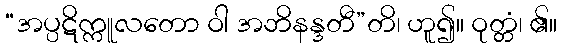
“အပ္ပဋိက္ကူလတော ဝါ အဘိနန္ဒတီ”တိ၊ ဟူ၍။ ဝုတ္တံ၊ ၏။